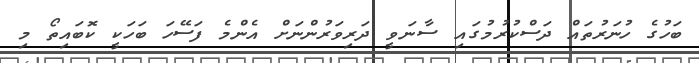
ބަހުގެ ހުނަރުތައް ދަސްކުުރުމުގައި ސާނަވީ ދަރިވަރުންނަށް އެންމެ ފަސޭހަ ބަހަކީ ކޮބައިތޯ މި